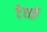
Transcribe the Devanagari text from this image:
टेरती